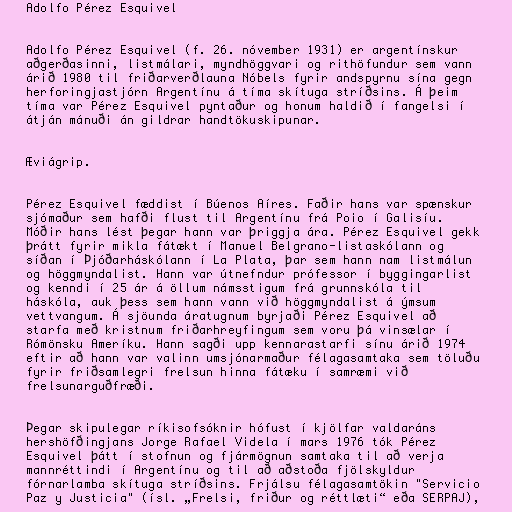
Adolfo Pérez Esquivel

Adolfo Pérez Esquivel (f. 26. nóvember 1931) er argentínskur
aðgerðasinni, listmálari, myndhöggvari og rithöfundur sem vann
árið 1980 til friðarverðlauna Nóbels fyrir andspyrnu sína gegn
herforingjastjórn Argentínu á tíma skítuga stríðsins. Á þeim
tíma var Pérez Esquivel pyntaður og honum haldið í fangelsi í
átján mánuði án gildrar handtökuskipunar.

Æviágrip.

Pérez Esquivel fæddist í Búenos Aíres. Faðir hans var spænskur
sjómaður sem hafði flust til Argentínu frá Poio í Galisíu.
Móðir hans lést þegar hann var þriggja ára. Pérez Esquivel gekk
þrátt fyrir mikla fátækt í Manuel Belgrano-listaskólann og
síðan í Þjóðarháskólann í La Plata, þar sem hann nam listmálun
og höggmyndalist. Hann var útnefndur prófessor í byggingarlist
og kenndi í 25 ár á öllum námsstigum frá grunnskóla til
háskóla, auk þess sem hann vann við höggmyndalist á ýmsum
vettvangum. Á sjöunda áratugnum byrjaði Pérez Esquivel að
starfa með kristnum friðarhreyfingum sem voru þá vinsælar í
Rómönsku Ameríku. Hann sagði upp kennarastarfi sínu árið 1974
eftir að hann var valinn umsjónarmaður félagasamtaka sem töluðu
fyrir friðsamlegri frelsun hinna fátæku í samræmi við
frelsunarguðfræði.

Þegar skipulegar ríkisofsóknir hófust í kjölfar valdaráns
hershöfðingjans Jorge Rafael Videla í mars 1976 tók Pérez
Esquivel þátt í stofnun og fjármögnun samtaka til að verja
mannréttindi í Argentínu og til að aðstoða fjölskyldur
fórnarlamba skítuga stríðsins. Frjálsu félagasamtökin "Servicio
Paz y Justicia" (ísl. „Frelsi, friður og réttlæti“ eða SERPAJ),